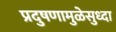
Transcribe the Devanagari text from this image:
प्रदुषणामुळेसुध्दा